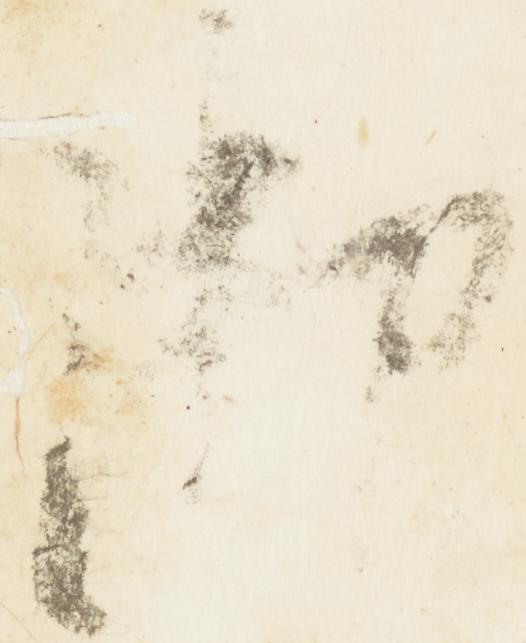
御